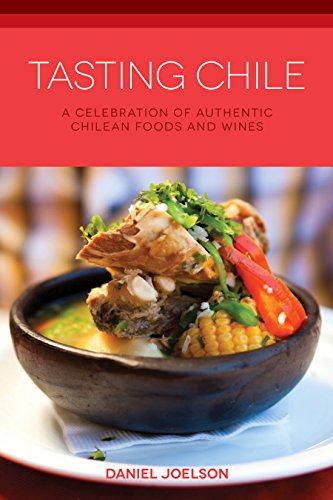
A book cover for Tasting Chile: A Celebration of Authentic Chilean Foods and Wines (Hippocrene Cookbook Library); Daniel Joelson; Cookbooks, Food & Wine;